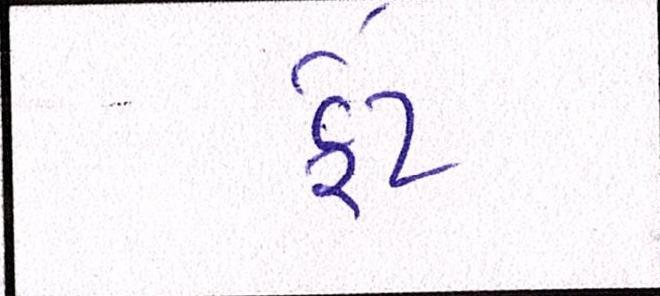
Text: ફેટ